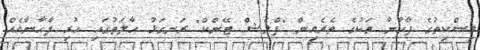
މިސްކިތުގެ ފާހާނާ ތަކުގެ ތެރެއިން "ފްލެޝް ޓޭންކް" ރަނގަޅު ހާލަތުގައި ހުރި ފާހާނާއެއް